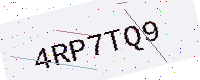
Text: 4RP7TQ9